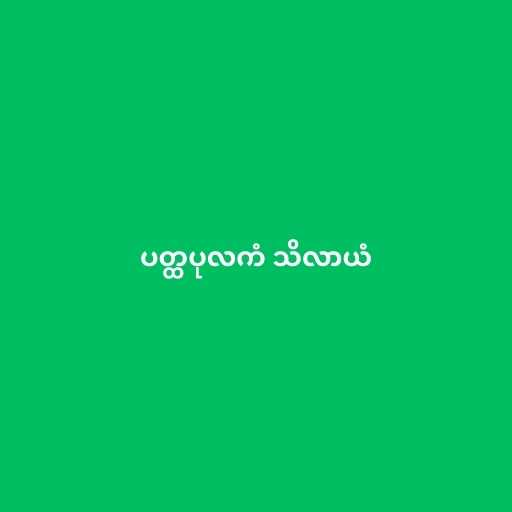
ပတ္ထပုလကံ သိလာယံ